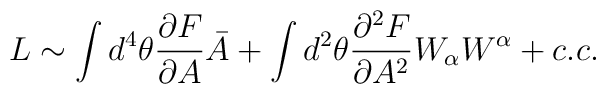
L \sim \int d^{4}\theta {\partial F \over {\partial A}}\bar A +\int d^{2}\theta {\partial^{2} F \over{\partial A^{2}}}W_{\alpha}W^{\alpha} + c.c.